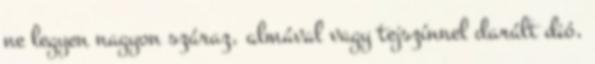
ne legyen nagyon száraz, almával vagy tejszínnel darált dió,